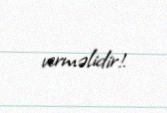
verməlidir!.